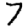
Digit: 7